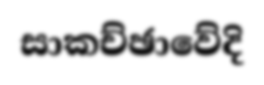
සාකච්ඡාවේදි